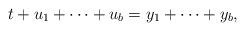
LaTeX: \begin{align*} t+u_1+\cdots+u_b=y_1+\cdots+y_b, \end{align*}